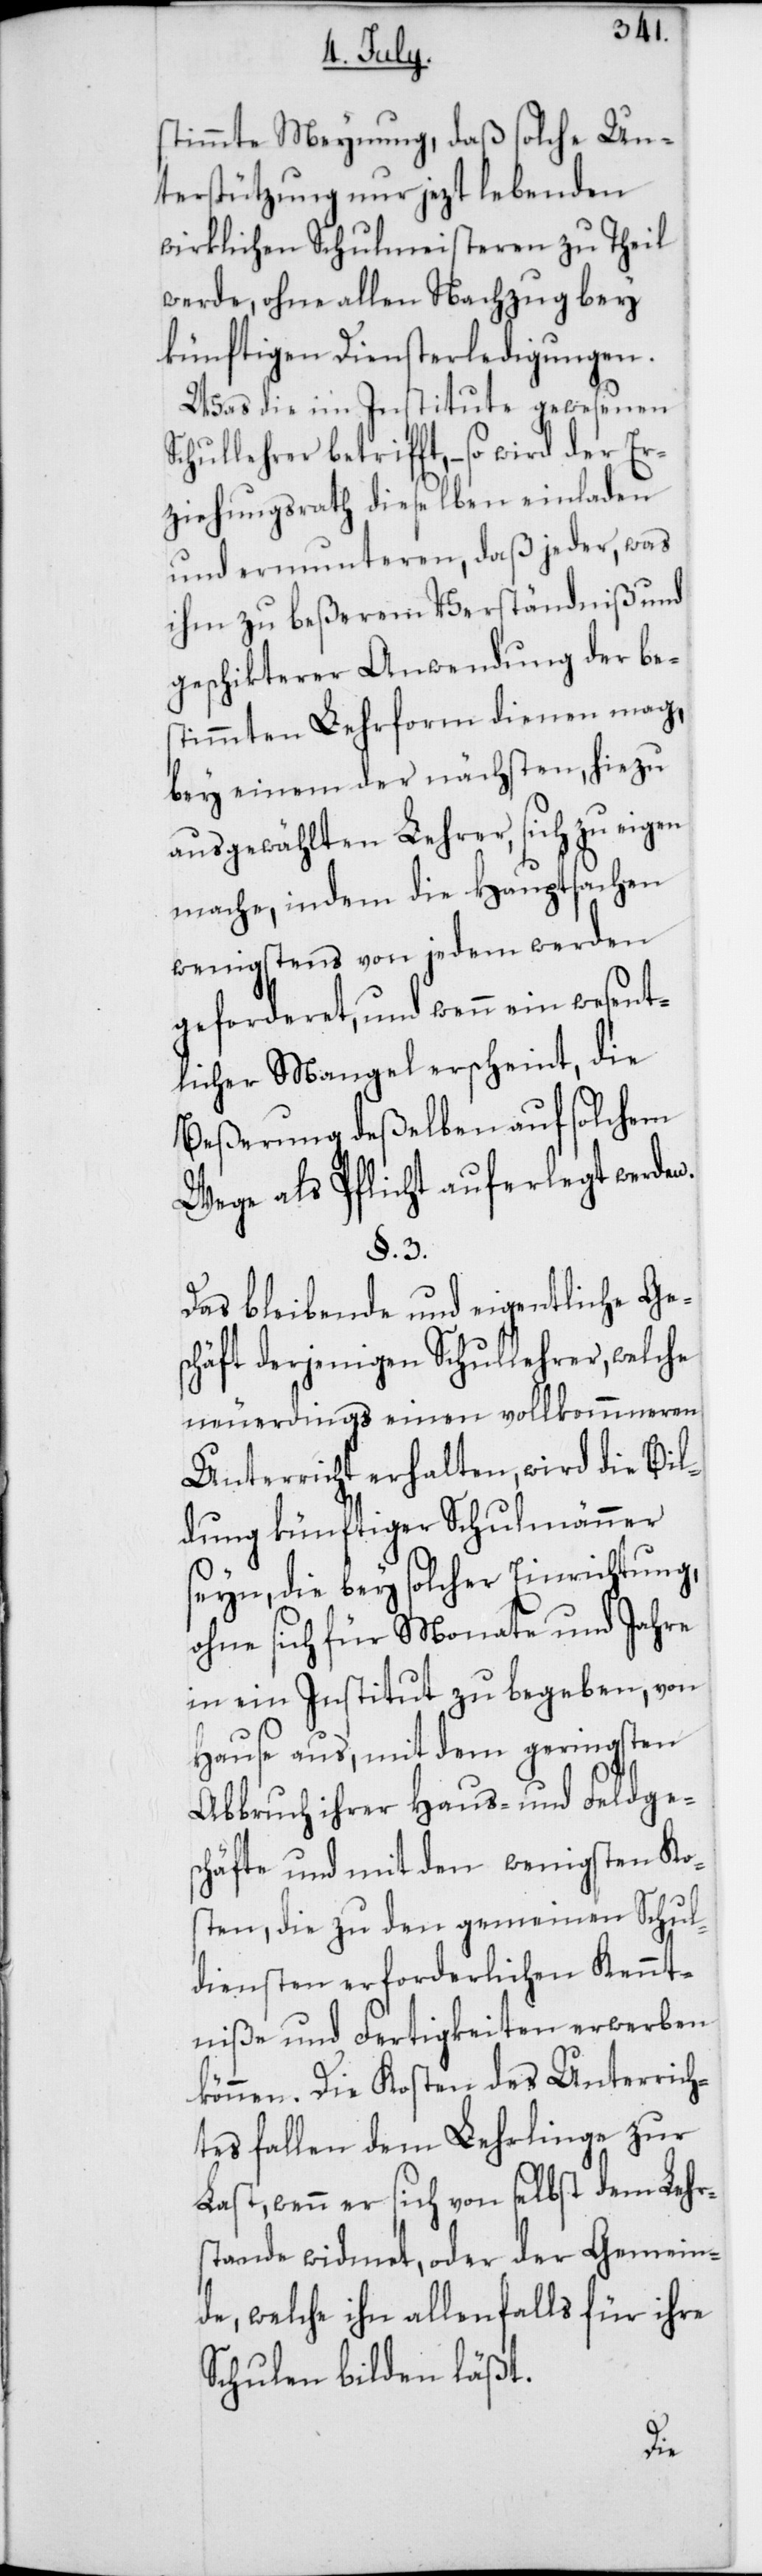
stimmte Meynung, daß solche Un¬
terstützung nur jezt lebenden
wirklichen Schulmeisteren zutheil
werde, ohne allen Nachzug bey
künftigen Diensterledigungen.
Was die im Institute gewesenen
Schullehrer betrifft, – so wird der Er¬
ziehungsrath dieselben einladen
und ermunteren, daß jeder, was
ihm zu beßerem Verständniß und
geschikterer Anwendung der be¬
stimmten Lehrform dienen mag,
bey einem der nächsten, hiezu
ausgewählten Lehrer, sich zu eigen
mache, indem die Hauptsachen
wenigstens von jedem werden
geforderet, und wenn ein wesent¬
licher Mangel erscheint, die
Beßerung deßelben auf solchem
Wege als Pflicht auferlegt werden.
§. 3.
Das bleibende und eigentliche Ge¬
schäft derjenigen Schullehrer, welche
neuerdings einen vollkommeneren
Unterricht erhalten, wird die Bil¬
dung künftiger Schulmänner
seyn, die bey solcher Einrichtung,
ohne sich für Monate und Jahre
in ein Institut zu begeben, von
Hause aus, mit dem geringsten
Abbruch ihrer Haus- und Feldges¬
chäfte und mit den wenigsten Kos¬
ten, die zu den gemeinen Schul¬
diensten erforderlichen Kennt¬
niße und Fertigkeiten erwerben
können. Die Kosten des Unterrich¬
tes fallen dem Lehrlinge zur
Last, wenn er sich von selbst dem Lehr¬
stande widmet, oder der Gemein¬
de, welche ihn allenfalls für ihre
Schulen bilden läßt.